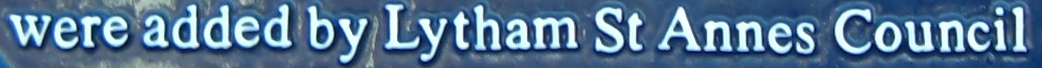
were added by Lytham St Annes Council